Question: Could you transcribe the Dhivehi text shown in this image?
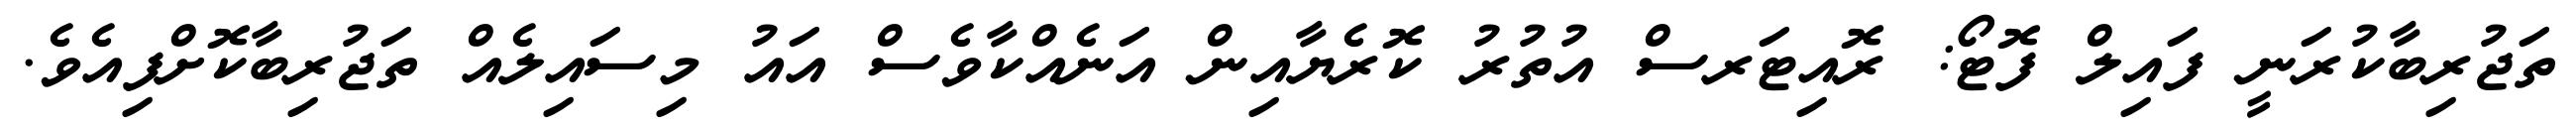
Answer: ތަޖުރިބާކުރަނީ ފައިލް ފޮޓޯ: ރޮއިޓަރސް އުތުރު ކޮރެޔާއިން އަނެއްކާވެސް އައު މިސައިލެއް ތަޖުރިބާކޮށްފިއެވެ.